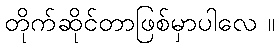
တိုက်ဆိုင်တာဖြစ်မှာပါလေ ။